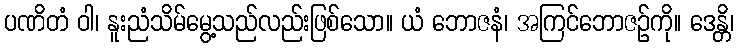
ပဏိတံ ဝါ၊ နူးညံသိမ်မွေ့သည်လည်းဖြစ်သော။ ယံ ဘောဇနံ၊ အကြင်ဘောဇဉ်ကို။ ဒေန္တိ၊